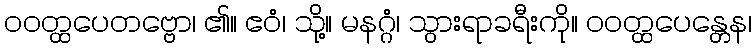
ဝဝတ္ထပေတဗ္ဗော၊ ၏။ ဧဝံ၊ သို့။ မနဂ္ဂံ၊ သွားရာခရီးကို။ ဝဝတ္ထပေန္တေန၊